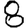
Digit: 8